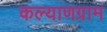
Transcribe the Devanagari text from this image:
कल्याणग्राम